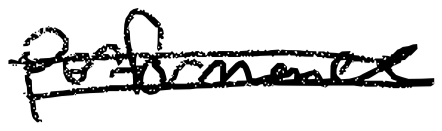
Text: performance
Cross-out: mix
Writing tool: digital_black